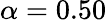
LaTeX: \alpha=0.50